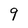
Character: 9